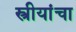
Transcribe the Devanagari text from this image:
स्त्रीयांचा